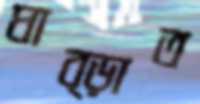
ঘাব্‌ড়াত